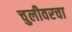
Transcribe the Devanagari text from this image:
चुलीवरचा